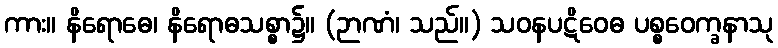
ကား။ နိရောဓေ၊ နိရောဓသစ္စာ၌။ (ဉာဏံ၊ သည်။) သဝနပဋိဝေဓ ပစ္စဝေက္ခနာသု